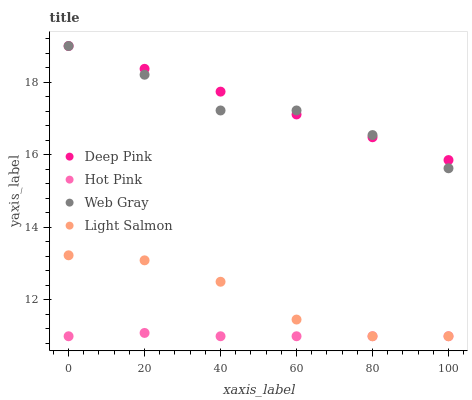
| xaxis_label | Deep Pink | Hot Pink | Web Gray | Light Salmon |
 | --- | --- | --- | --- | --- |
 | 0 | 19 | 11 | 19 | 13.2 |
 | 20 | 18.4 | 11.1 | 18.2 | 13.1 |
 | 40 | 17.7 | 11 | 17.2 | 12.5 |
 | 60 | 17.1 | 11 | 17.2 | 11.5 |
 | 80 | 16.5 | 11 | 16.5 | 11 |
 | 100 | 15.9 | 11 | 15.6 | 11 |